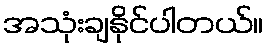
အသုံးချနိုင်ပါတယ်။